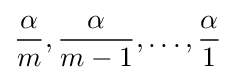
{\frac {\alpha }{m}},{\frac {\alpha }{m-1}},\ldots ,{\frac {\alpha }{1}}